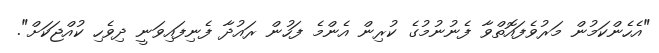
"އެހެންކަމުން މަރުވެފައޮތްވާ ފެނުނުމުގެ ކުރިން އެންމެ ފަހުން ރައުދާ ފެނިފައިވަނީ ދިވެހި ކުއްޖަކަށް".